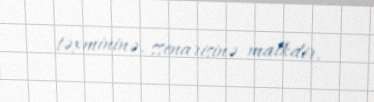
təxmininə, ssenarisinə malkdir.